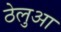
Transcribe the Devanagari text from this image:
ठेलुआ